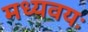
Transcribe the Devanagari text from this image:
मध्यवयः